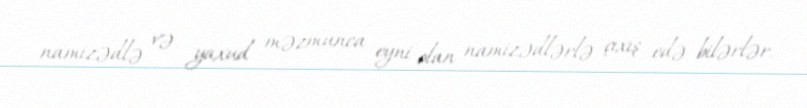
namizədlə və yaxud məzmunca eyni olan namizədlərlə çıxış edə bilərlər.